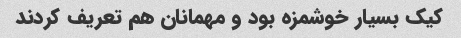
کیک بسیار خوشمزه بود و مهمانان هم تعریف کردند